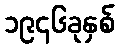
၁၉၄၆ခုနှစ်